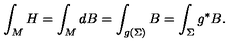
\int _ { M } H = \int _ { M } d B = \int _ { g ( \Sigma ) } B = \int _ { \Sigma } g ^ { * } B .